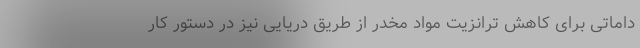
داماتی برای کاهش ترانزیت مواد مخدر از طریق دریایی نیز در دستور کار